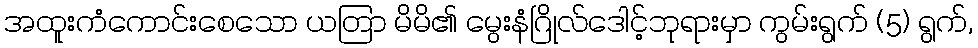
အထူးကံကောင်းစေသော ယတြာ မိမိ၏ မွေးနံဂြိုလ်ဒေါင့်ဘုရားမှာ ကွမ်းရွက် (5) ရွက်,